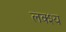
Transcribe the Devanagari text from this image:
लक्श्य